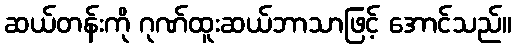
ဆယ်တန်းကို ဂုဏ်ထူးဆယ်ဘာသာဖြင့် အောင်သည်။